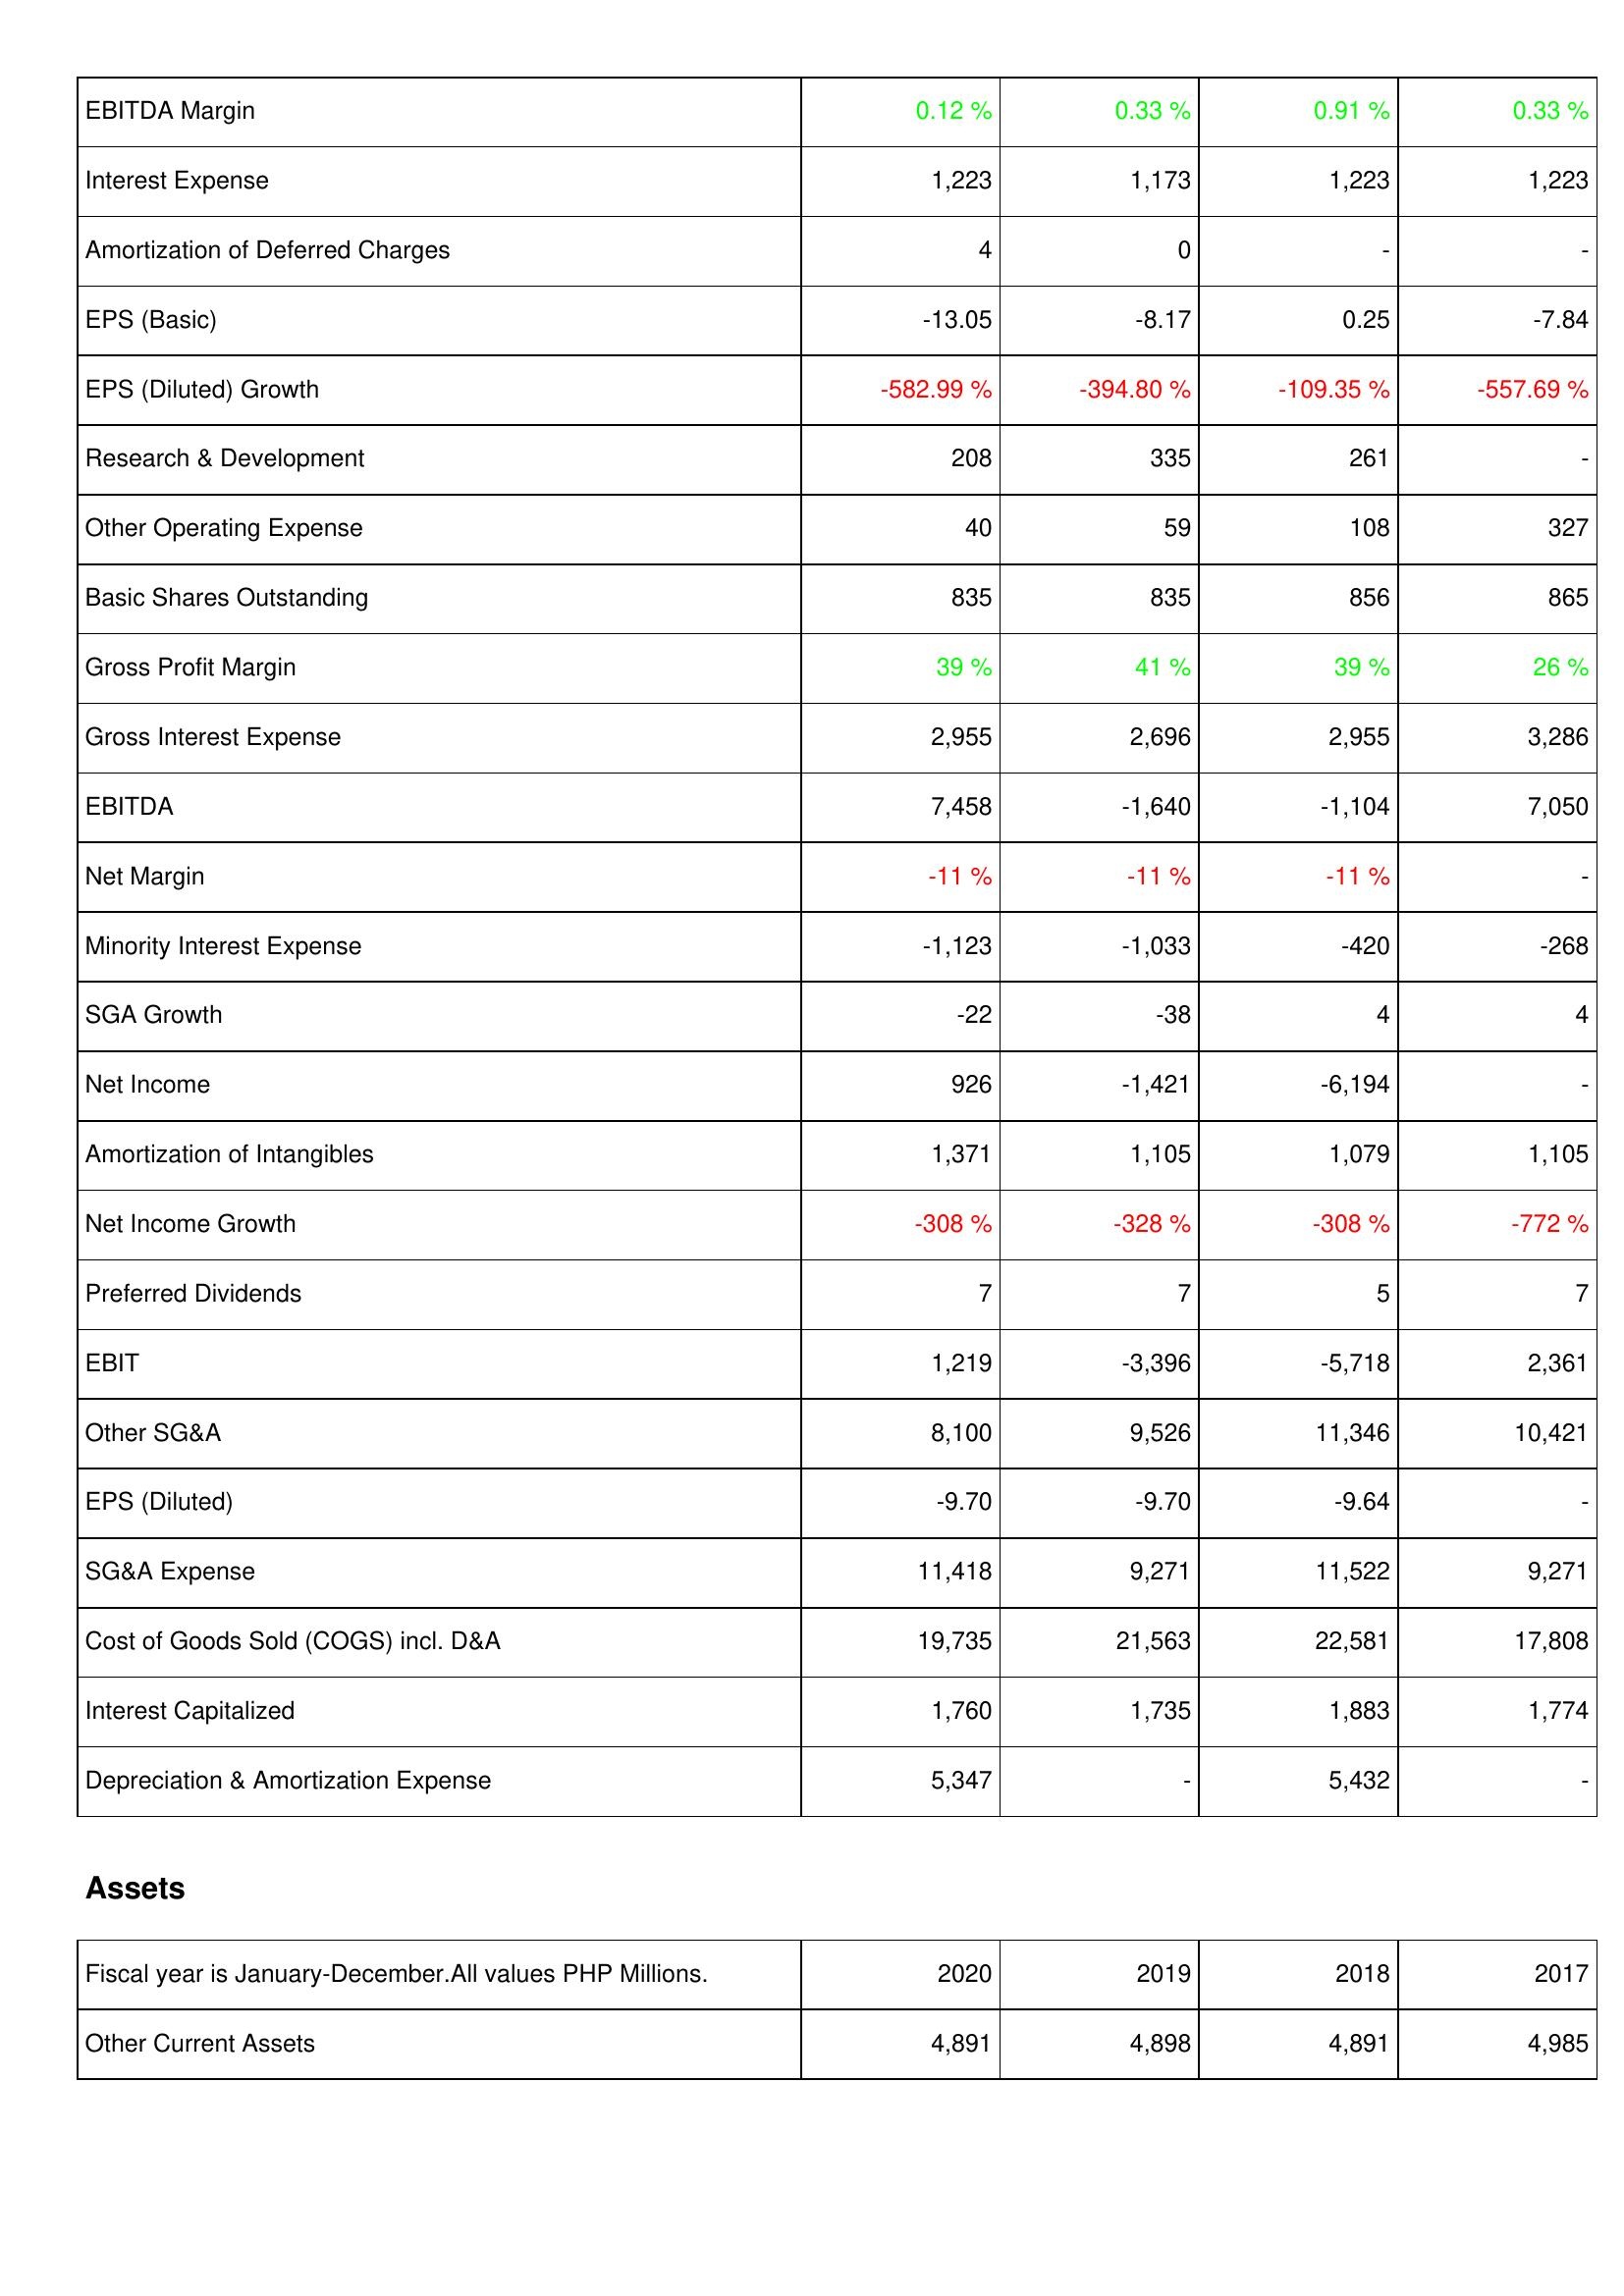
2020: Income Statement: EBITDA Margin: 0.12 %
Interest Expense: 1,223
Amortization of Deferred Charges: 4
EPS (Basic): -13.05
EPS (Diluted) Growth: -582.99 %
Research & Development: 208
Other Operating Expense: 40
Basic Shares Outstanding: 835
Gross Profit Margin: 39 %
Gross Interest Expense: 2,955
EBITDA: 7,458
Net Margin: -11 %
Minority Interest Expense: -1,123
SGA Growth: -22
Net Income: 926
Amortization of Intangibles: 1,371
Net Income Growth: -308 %
Preferred Dividends: 7
EBIT: 1,219
Other SG&A: 8,100
EPS (Diluted): -9.70
SG&A Expense: 11,418
Cost of Goods Sold (COGS) incl. D&A: 19,735
Interest Capitalized: 1,760
Depreciation & Amortization Expense: 5,347
Assets: Other Current Assets: 4,891
2019: Income Statement: EBITDA Margin: 0.33 %
Interest Expense: 1,173
Amortization of Deferred Charges: 0
EPS (Basic): -8.17
EPS (Diluted) Growth: -394.80 %
Research & Development: 335
Other Operating Expense: 59
Basic Shares Outstanding: 835
Gross Profit Margin: 41 %
Gross Interest Expense: 2,696
EBITDA: -1,640
Net Margin: -11 %
Minority Interest Expense: -1,033
SGA Growth: -38
Net Income: -1,421
Amortization of Intangibles: 1,105
Net Income Growth: -328 %
Preferred Dividends: 7
EBIT: -3,396
Other SG&A: 9,526
EPS (Diluted): -9.70
SG&A Expense: 9,271
Cost of Goods Sold (COGS) incl. D&A: 21,563
Interest Capitalized: 1,735
Depreciation & Amortization Expense: -
Assets: Other Current Assets: 4,898
2018: Income Statement: EBITDA Margin: 0.91 %
Interest Expense: 1,223
Amortization of Deferred Charges: -
EPS (Basic): 0.25
EPS (Diluted) Growth: -109.35 %
Research & Development: 261
Other Operating Expense: 108
Basic Shares Outstanding: 856
Gross Profit Margin: 39 %
Gross Interest Expense: 2,955
EBITDA: -1,104
Net Margin: -11 %
Minority Interest Expense: -420
SGA Growth: 4
Net Income: -6,194
Amortization of Intangibles: 1,079
Net Income Growth: -308 %
Preferred Dividends: 5
EBIT: -5,718
Other SG&A: 11,346
EPS (Diluted): -9.64
SG&A Expense: 11,522
Cost of Goods Sold (COGS) incl. D&A: 22,581
Interest Capitalized: 1,883
Depreciation & Amortization Expense: 5,432
Assets: Other Current Assets: 4,891
2017: Income Statement: EBITDA Margin: 0.33 %
Interest Expense: 1,223
Amortization of Deferred Charges: -
EPS (Basic): -7.84
EPS (Diluted) Growth: -557.69 %
Research & Development: -
Other Operating Expense: 327
Basic Shares Outstanding: 865
Gross Profit Margin: 26 %
Gross Interest Expense: 3,286
EBITDA: 7,050
Net Margin: -
Minority Interest Expense: -268
SGA Growth: 4
Net Income: -
Amortization of Intangibles: 1,105
Net Income Growth: -772 %
Preferred Dividends: 7
EBIT: 2,361
Other SG&A: 10,421
EPS (Diluted): -
SG&A Expense: 9,271
Cost of Goods Sold (COGS) incl. D&A: 17,808
Interest Capitalized: 1,774
Depreciation & Amortization Expense: -
Assets: Other Current Assets: 4,985